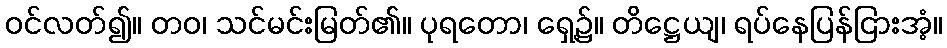
ဝင်လတ်၍။ တဝ၊ သင်မင်းမြတ်၏။ ပုရတော၊ ရှေ့၌။ တိဋ္ဌေယျ၊ ရပ်နေပြန်ငြားအံ့။